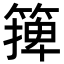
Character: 篺